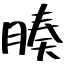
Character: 腠